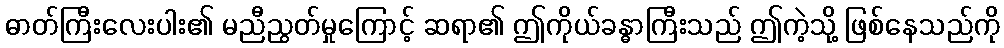
ဓာတ်ကြီးလေးပါး၏ မညီညွတ်မှုကြောင့် ဆရာ၏ ဤကိုယ်ခန္ဓာကြီးသည် ဤကဲ့သို့ ဖြစ်နေသည်ကို